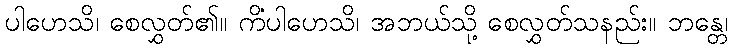
ပါဟေသိ၊ စေလွှတ်၏။ ကိံပါဟေသိ၊ အဘယ်သို့ စေလွှတ်သနည်း။ ဘန္တေ၊